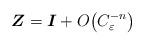
LaTeX: \begin{align*}\boldsymbol{Z}=\boldsymbol{I}+O\big( C_\varepsilon^{-n}\big)\end{align*}